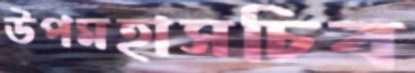
উপমহাসচিব